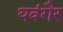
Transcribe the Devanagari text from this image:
यवंगैर